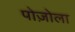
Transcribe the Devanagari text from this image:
पोज़ोला